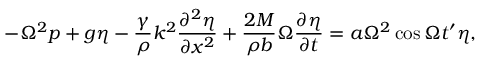
- \Omega ^ { 2 } p + g \eta - \frac { \gamma } { \rho } k ^ { 2 } \frac { \partial ^ { 2 } \eta } { \partial x ^ { 2 } } + \frac { 2 M } { \rho b } \Omega \frac { \partial \eta } { \partial t } = a \Omega ^ { 2 } \cos { \Omega t ^ { \prime } } \eta ,